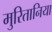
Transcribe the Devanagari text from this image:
मुरितानिया